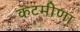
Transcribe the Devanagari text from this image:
कटमीणा